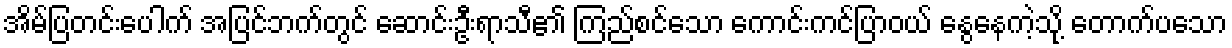
အိမ်ပြတင်းပေါက် အပြင်ဘက်တွင် ဆောင်းဦးရာသီ၏ ကြည်စင်သော ကောင်းကင်ပြာဝယ် နွေနေကဲ့သို့ တောက်ပသော